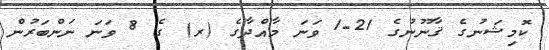
ކޮމިޝަނުގެ ޤާނޫނުގެ 21-1 ވަނަ މާއްދާގެ (ރ) ގެ 8 ވަނަ ނަންބަރުން